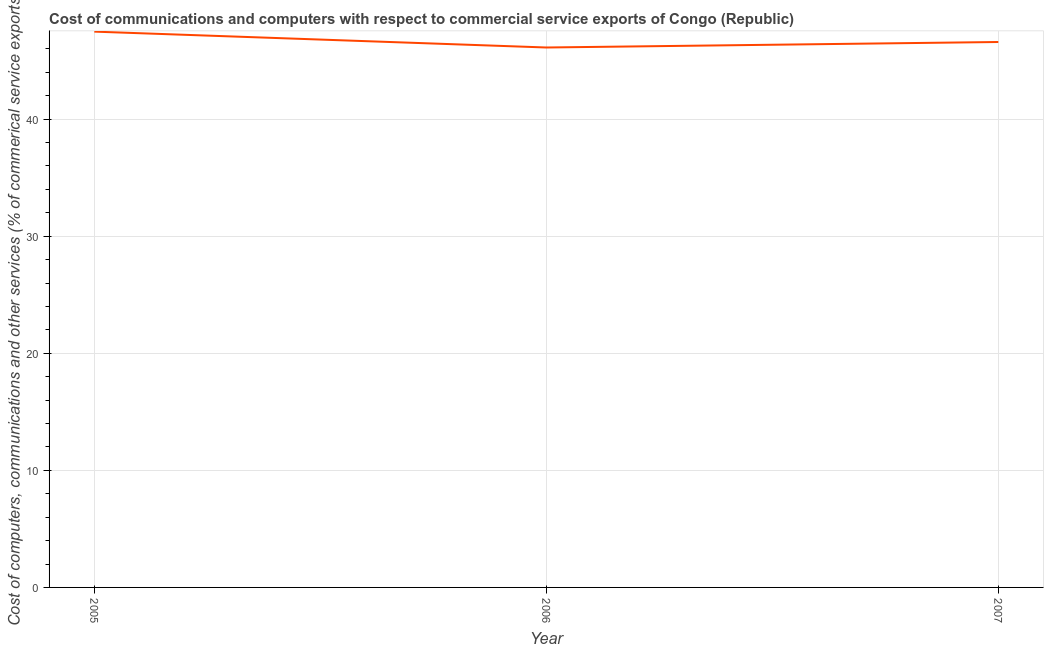
| Year | Computer |
 | --- | --- |
 | 2005 | 47.5 |
 | 2006 | 46.1 |
 | 2007 | 46.6 |